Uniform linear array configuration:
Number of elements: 8
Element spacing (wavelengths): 0.5
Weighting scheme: kaiser
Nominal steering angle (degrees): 45
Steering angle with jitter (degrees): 43.205
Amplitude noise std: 0.05
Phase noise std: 0.05

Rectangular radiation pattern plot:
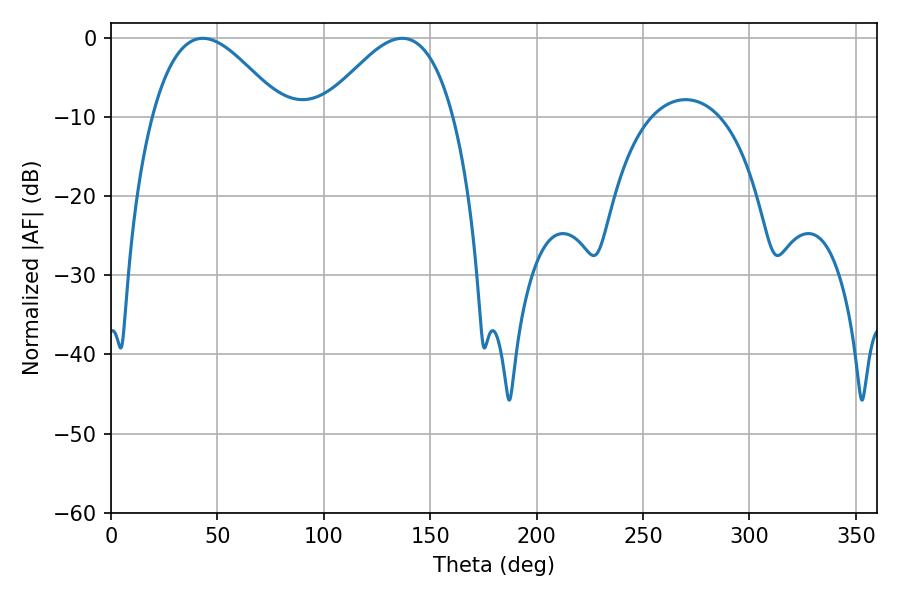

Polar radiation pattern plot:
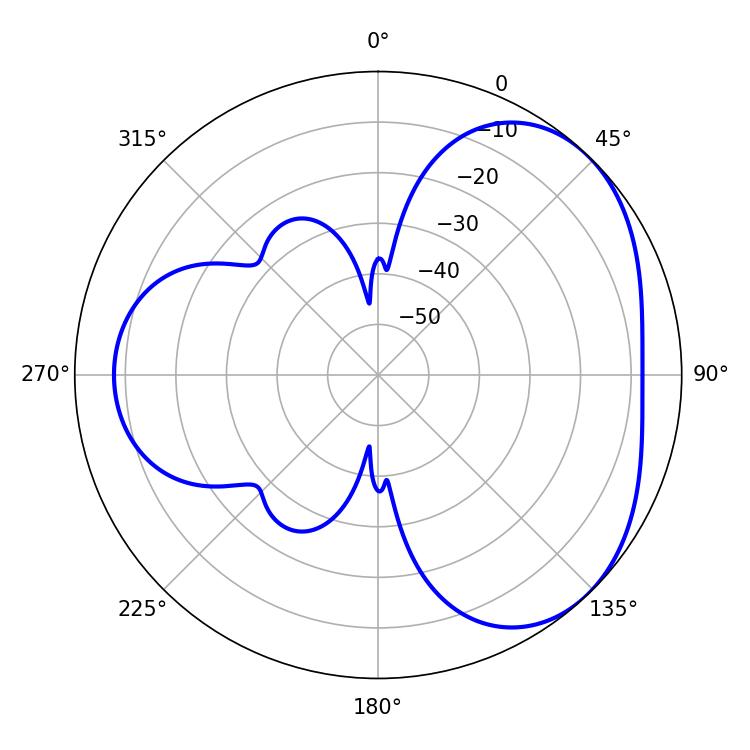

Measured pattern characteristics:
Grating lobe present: FALSE
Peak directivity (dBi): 3.801
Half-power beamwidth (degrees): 33.12
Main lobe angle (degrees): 136.8